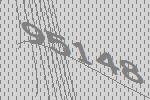
95148